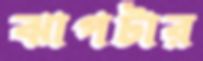
ঝাপটার